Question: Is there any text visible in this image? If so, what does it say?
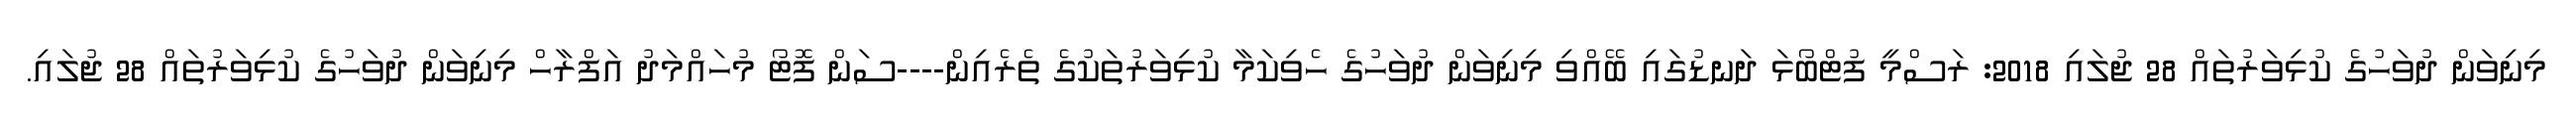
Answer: މިނިވަން ދުވަހުގެ ކުޅިވަރުތައް 28 ޖުލައި 2018: ރަސްމީ ފުޓްބޯޅަ ދަނޑުގައި ބޭއްވި މިނިވަން ދުވަހުގެ ހެވިކަމާ ކުޅިވަރުތަކުގެ ތެރެއިން----ސަން ފޮޓޯ މުހައްމަދު އަފްރާހް މިނިވަން ދުވަހުގެ ކުޅިވަރުތައް 28 ޖުލައި.